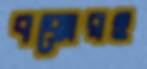
বক্সেরও